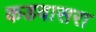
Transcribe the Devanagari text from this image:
कडवासरा